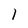
Character: l